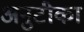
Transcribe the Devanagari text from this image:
अनुटीका